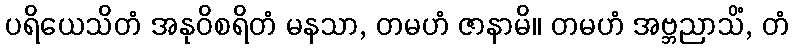
ပရိယေသိတံ အနုဝိစရိတံ မနသာ, တမဟံ ဇာနာမိ။ တမဟံ အဗ္ဘညာသိံ, တံ